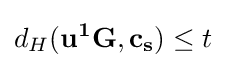
d_{H}(\mathbf {u^{1}G,c_{s}} )\leq t